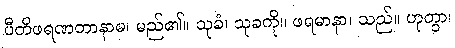
ပီတိဖရဏတာနာမ၊ မည်၏။ သုခံ၊ သုခကို။ ဖရမာနာ၊ သည်။ ဟုတွာ၊